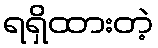
ရရှိထားတဲ့